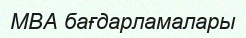
MBA бағдарламалары